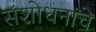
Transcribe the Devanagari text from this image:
संशोधनांचे